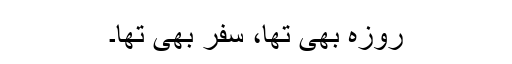
روزہ بھی تھا، سفر بھی تھا۔